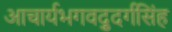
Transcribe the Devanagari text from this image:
आचार्यभगवद्दुर्गसिंह